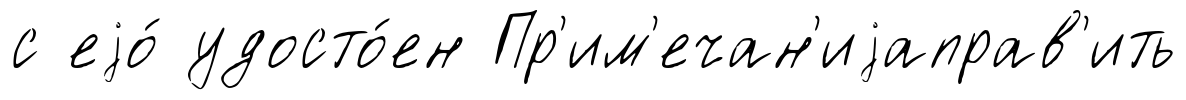
с еjо́ удосто́ен Пр'им'ечан'иjаправ'ить